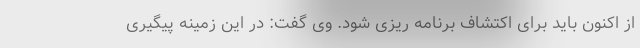
از اکنون باید برای اکتشاف برنامه ریزی شود. وی گفت: در این زمینه پیگیری